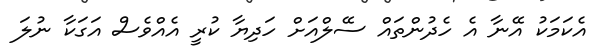
އެކަމަކު އޭނާ އެ ހެދުންތައް ސޭލްއަށް ހަދިޔާ ކުރީ އެއްވެސް އަގަކާ ނުލަ